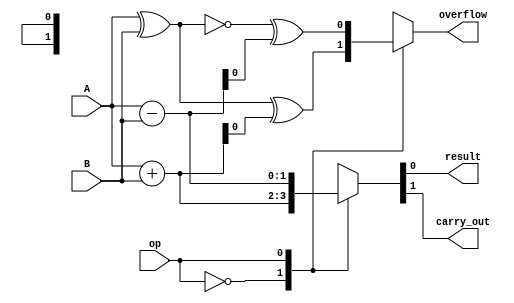
module alu_1bit (
    input wire A,
    input wire B,
    input wire op,   // 0: add, 1: subtract, 2: AND, 3: OR, 4: XOR
    output wire result,
    output wire carry_out,
    output wire overflow
);

reg result, carry_out, overflow;

always @(*) begin
    case(op)
        0: begin
            {carry_out, result} = A + B;
            overflow = A^B^result;
        end
        1: begin
            {carry_out, result} = A - B;
            overflow = ~(A^B)^result;
        end
        2: begin
            result = A & B;
            carry_out = 0;
            overflow = 0;
        end
        3: begin
            result = A | B;
            carry_out = 0;
            overflow = 0;
        end
        4: begin
            result = A ^ B;
            carry_out = 0;
            overflow = 0;
        end
    endcase
end

endmodule